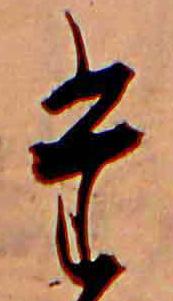
た